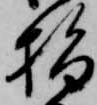
指